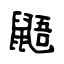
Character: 鼯